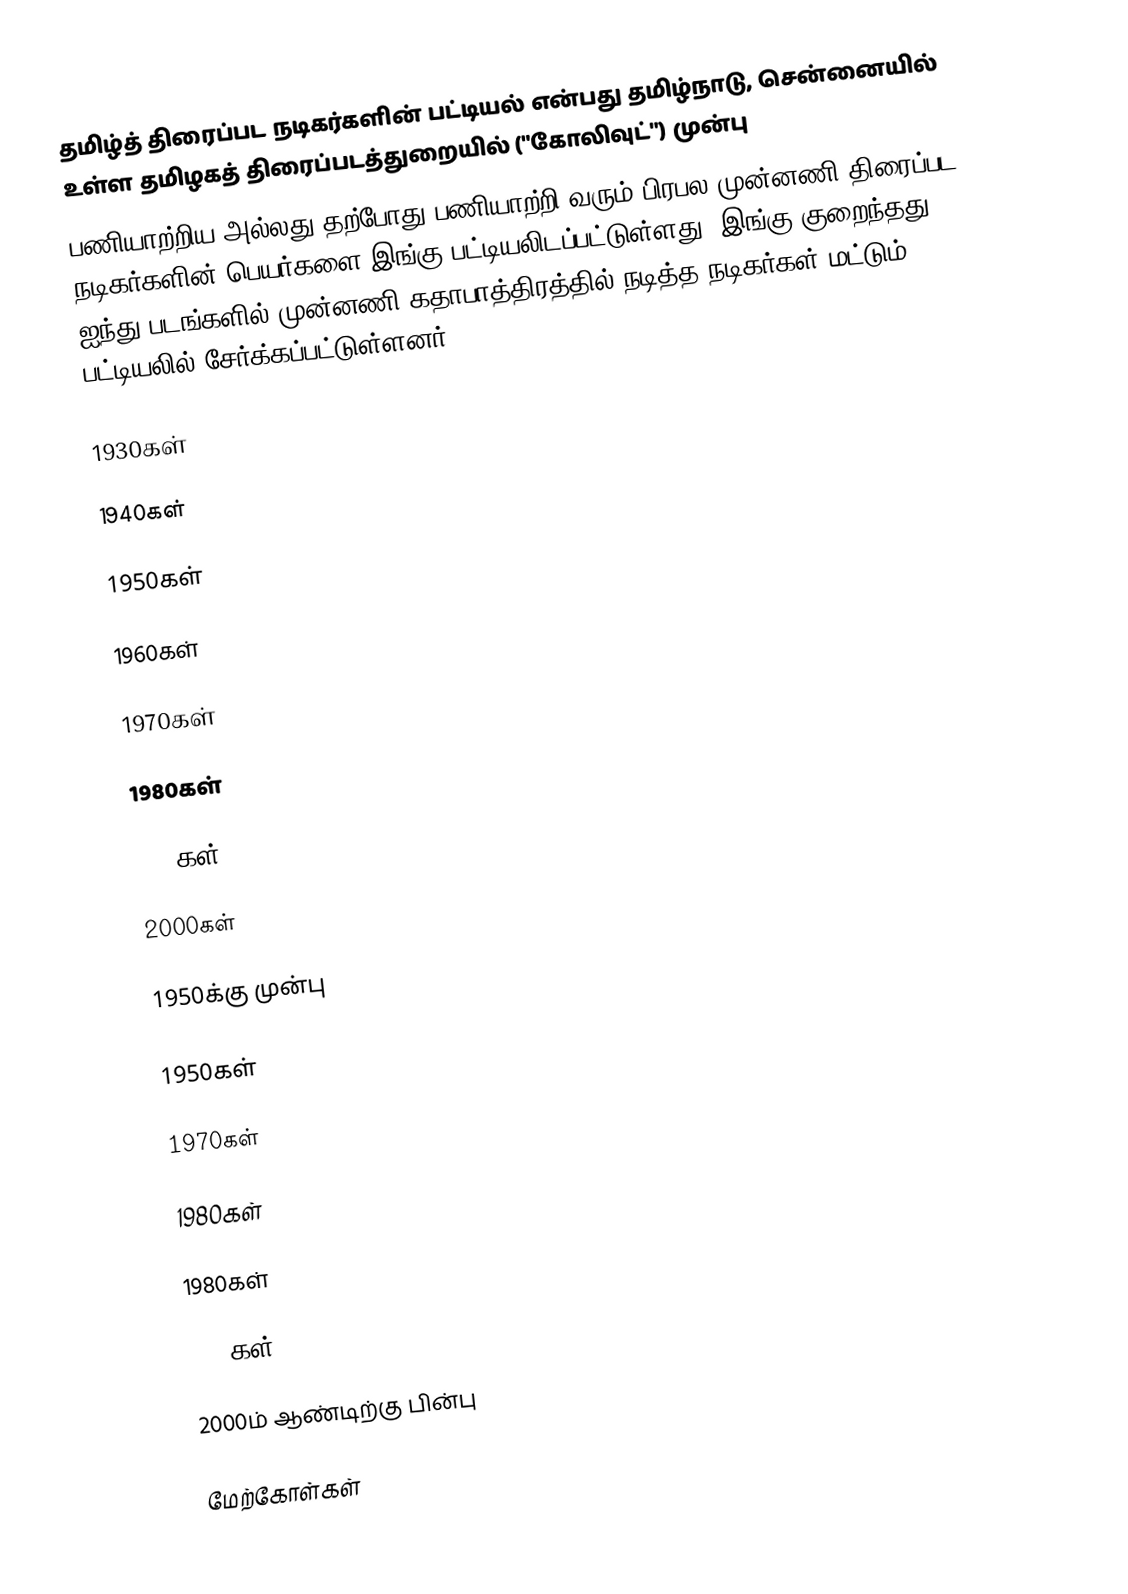
தமிழ்த் திரைப்பட நடிகர்களின் பட்டியல் என்பது தமிழ்நாடு, சென்னையில் உள்ள தமிழகத் திரைப்படத்துறையில் ("கோலிவுட்") முன்பு
பணியாற்றிய அல்லது தற்போது பணியாற்றி வரும் பிரபல முன்னணி திரைப்பட நடிகர்களின் பெயர்களை இங்கு பட்டியலிடப்பட்டுள்ளது. இங்கு குறைந்தது ஐந்து படங்களில் முன்னணி கதாபாத்திரத்தில் நடித்த நடிகர்கள் மட்டும் பட்டியலில் சேர்க்கப்பட்டுள்ளனர்.

1930கள்

1940கள்

1950கள்

1960கள்

1970கள்

1980கள்

1990கள்

2000கள்

1950க்கு முன்பு

1950கள்

1970கள்

1980கள்

1980கள்

1990கள்

2000ம் ஆண்டிற்கு  பின்பு

மேற்கோள்கள்